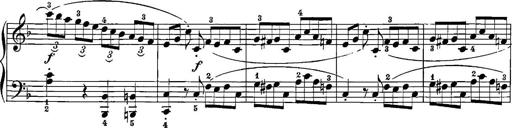
Title: 12 Sonatinas
Composer: Ignaz Pleyel